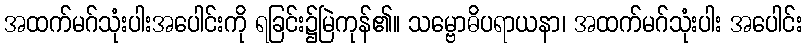
အထက်မဂ်သုံးပါးအပေါင်းကို ရခြင်း၌မြဲကုန်၏။ သမ္ဗောဓိပရာယနာ၊ အထက်မဂ်သုံးပါး အပေါင်း